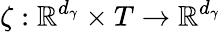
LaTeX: \zeta:\mathbb{R}^{d_{\gamma}}\times T\rightarrow\mathbb{R}^{d_{\gamma}}